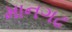
માનગઢ